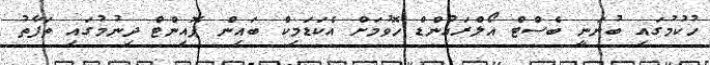
ހުކުމުގައި ބުނަނީ ބެސްޓް އޯލްރައުންޑް ހޮވުމަށް އެކަޑަމިކް ބައިން ޕޮއިންޓް ދިނުމުގައި ތަފާތު